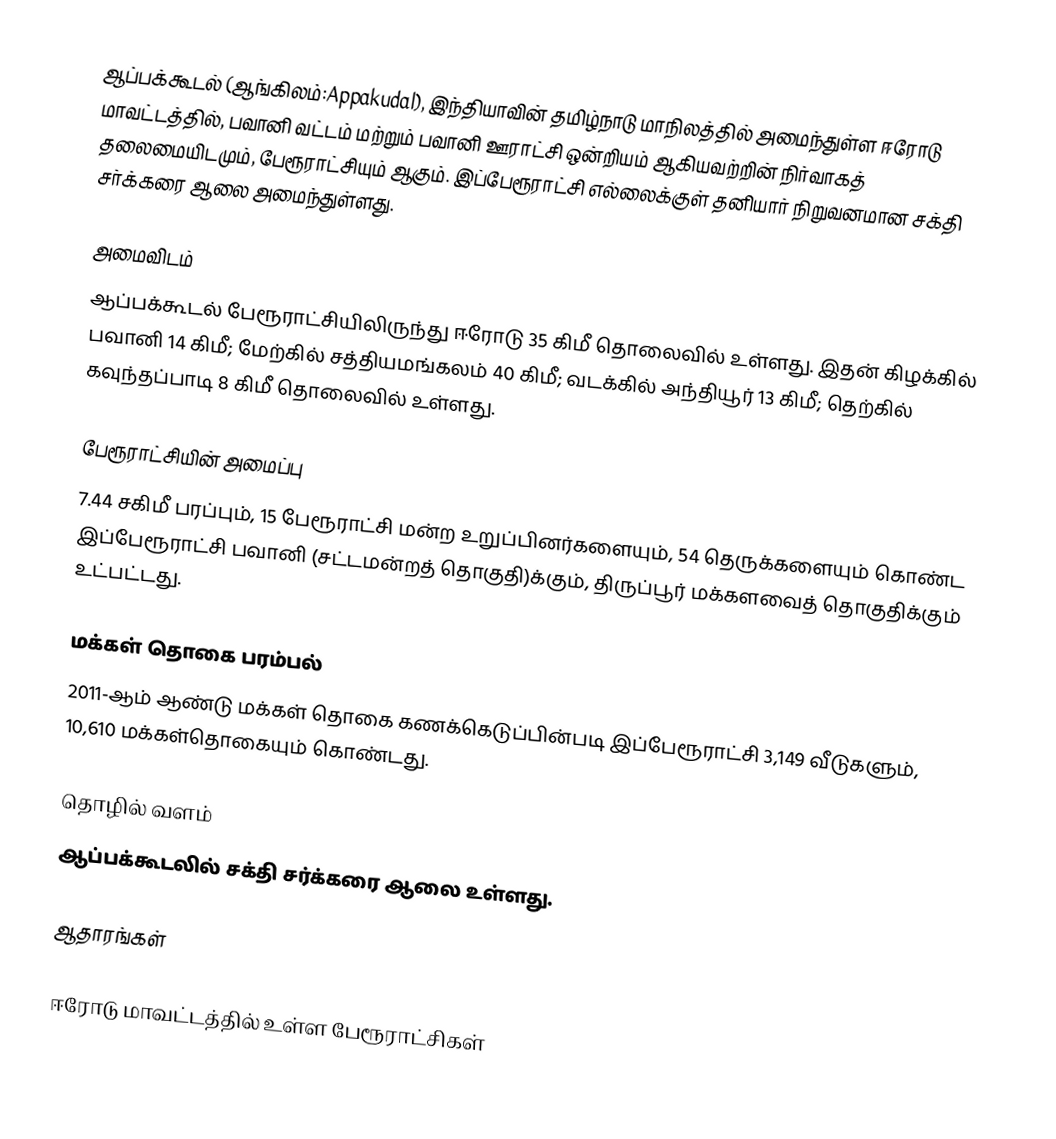
ஆப்பக்கூடல் (ஆங்கிலம்:Appakudal), இந்தியாவின் தமிழ்நாடு மாநிலத்தில் அமைந்துள்ள ஈரோடு மாவட்டத்தில், பவானி வட்டம் மற்றும் பவானி ஊராட்சி ஒன்றியம் ஆகியவற்றின் நிர்வாகத் தலைமையிடமும்,  பேரூராட்சியும் ஆகும். இப்பேரூராட்சி எல்லைக்குள் தனியார் நிறுவனமான சக்தி சர்க்கரை ஆலை அமைந்துள்ளது.

அமைவிடம்
ஆப்பக்கூடல் பேரூராட்சியிலிருந்து ஈரோடு 35 கிமீ தொலைவில் உள்ளது. இதன் கிழக்கில் பவானி 14 கிமீ; மேற்கில் சத்தியமங்கலம் 40 கிமீ; வடக்கில் அந்தியூர் 13 கிமீ; தெற்கில் கவுந்தப்பாடி 8 கிமீ தொலைவில் உள்ளது.

பேரூராட்சியின் அமைப்பு
7.44 சகிமீ பரப்பும், 15  பேரூராட்சி மன்ற உறுப்பினர்களையும், 54 தெருக்களையும் கொண்ட இப்பேரூராட்சி  பவானி   (சட்டமன்றத் தொகுதி)க்கும், திருப்பூர் மக்களவைத் தொகுதிக்கும் உட்பட்டது.

மக்கள் தொகை பரம்பல்
2011-ஆம் ஆண்டு மக்கள் தொகை கணக்கெடுப்பின்படி  இப்பேரூராட்சி     3,149  வீடுகளும்,  10,610 மக்கள்தொகையும் கொண்டது.

தொழில் வளம்
ஆப்பக்கூடலில்  சக்தி சர்க்கரை  ஆலை உள்ளது.

ஆதாரங்கள்

ஈரோடு மாவட்டத்தில் உள்ள பேரூராட்சிகள்